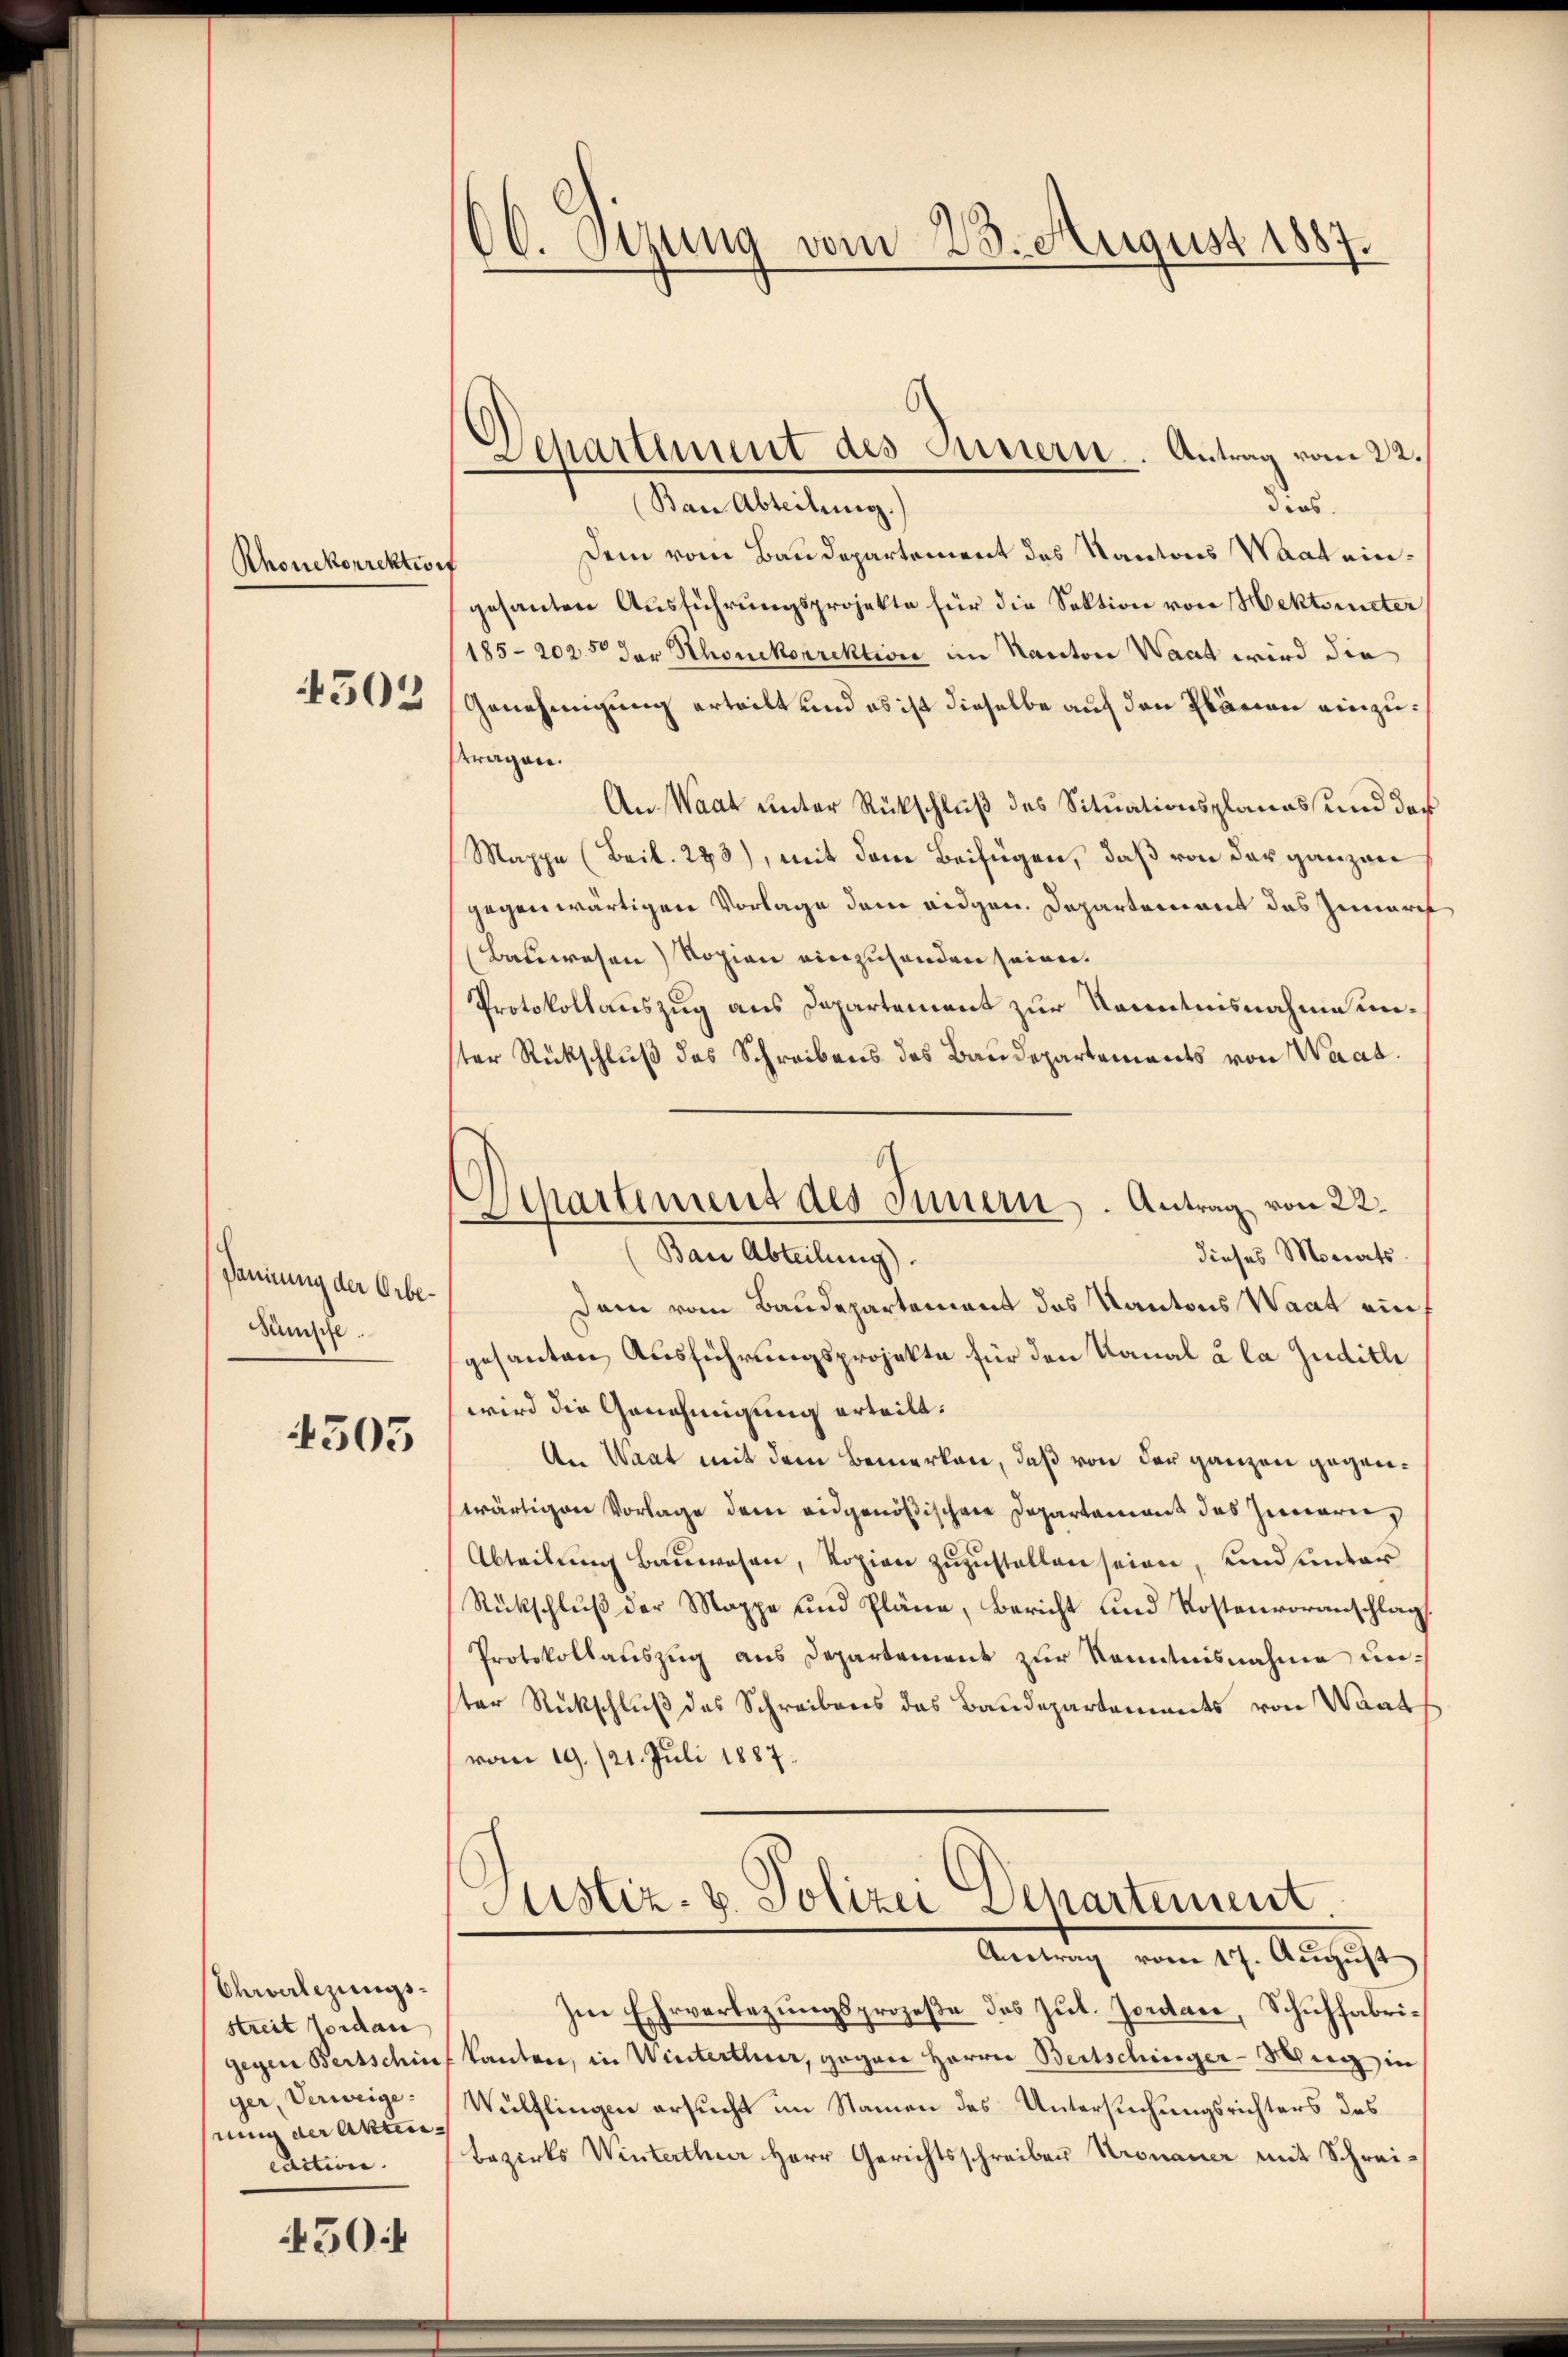
Rhonekorrektivit
4503

Pännung der Orbe¬
Sümpfe

4505

Ehrverlegungs-
streit Jordan
gegen Bertschine
ger, Verweige:
nung der Aktencaction.

50

60. Stung vom 23. August 1887.

Name Abteilung
Dir.
Dem vom Baudepartement des Kantons Waat eingesanten Ausführungsprojekte für die Sektion von Hektonister
185-2025 der Schonkorrektion im Kanton Waat wird die
Genehmigung erteilt und es ist dieselbe auf den Plänen einzutragen.
An Waar unter Rückschluß des Situationsplanes und der
Mappe (Beil. 273), mit dem Beifügen, daß von der ganzen
gegenwärtigen Vorlage dem eidgen. Departement das Zunaris
Bauwesen) Kopien einzusenden seien.
Protokollauszug aus Departement zur Kenntnisnahme unster Rückschluß des Schreibens des Baudepartements von Waad
dieses Monats¬
Dam vom Baudepartement des Kantons Waat ein
gesanten Ausführungsprojekte für den Kanal à la Juditli
wird die Genehmigung erteilt.
An Waat mit dem Bemerken, daß von der ganzen gegenwärtigen Vorlage dem eidgenößischen Departement des Innern,
Abteilung Bauwesen, Kopien zuzustellen seien, und unter
Rückschlŭβ der Mappe und Pläne, Bericht und Kostenvoranschlag.
Protokollaŭszŭg ans Departement zŭr Kenntnisnahme unster Rückschluß des Schreibens das Baudepartements von Waat
vom 19. 121. Juli 1887.
Justiz- & Polizei Departement.
Antrag vom 17. August
hine Ehrverlegungsprozeße des Zut. Jordac, Schuhfabrikanton, in Winterthur, gegen Herrn Bertschinger-Mug in
Wülflingen ersucht im Namen des Untersuchungsrichters des
Bezirks Winterthur Herr Gerichtsschreiben Kronauer mit Schrei¬

Departement des Innern.. Antrag vom 22.

Departement des Innern. Antrag von 22.
(Ban Abteilung).